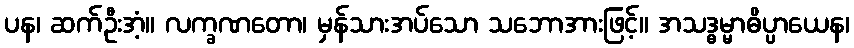
ပန၊ ဆက်ဦးအံ့။ လက္ခဏတော၊ မှန်သားအပ်သော သဘောအားဖြင့်။ အသဒ္ဓမ္မာဓိပ္ပာယေန၊